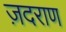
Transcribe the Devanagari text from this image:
ज़दराण